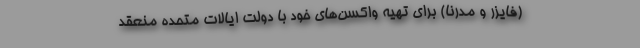
(فایزر و مدرنا) برای تهیه واکسن‌های خود با دولت ایالات متحده منعقد